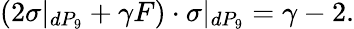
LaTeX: (2\sigma|_{dP_{9}}+\gamma F)\cdot\sigma|_{dP_{9}}=\gamma-2.